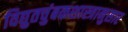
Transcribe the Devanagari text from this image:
विद्युतचुंबकशास्त्रानुसार